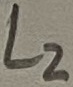
Text: L2